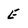
Character: E